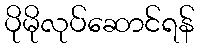
ပိုမိုလုပ်ဆောင်ရန်